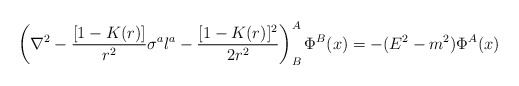
\begin{align*}\left (\nabla ^2 - {[1 - K(r)] \over r^2} \sigma ^a l^a -{[1 - K(r)]^2 \over 2 r^2} \right) ^A _B \Phi ^B (x) = -(E^2-m^2) \Phi ^A (x)\end{align*}